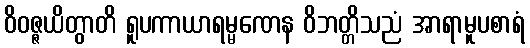
ဝိဝဇ္ဇယိတွာတိ ရူပကာယာရမ္မဏေန ဝိဘတ္တိသညံ အာရာမူပစာရံ